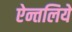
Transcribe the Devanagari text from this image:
ऐन्तलिये